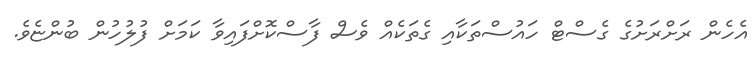
އެހެން ރަށްރަށުގެ ގެސްޓް ހައުސްތަކާއި ގެތަކެއް ވެސް ފާސްކޮށްފައިވާ ކަމަށް ފުލުހުން ބުންޏެވެ.